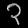
Digit: ၃